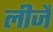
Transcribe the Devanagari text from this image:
लीजै